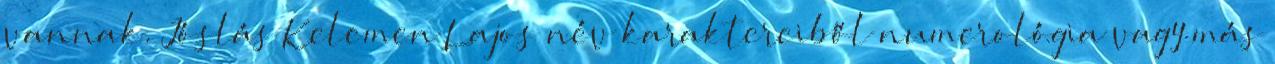
vannak. Jóslás Kelemen Lajos név karaktereiből numerológia vagy más